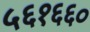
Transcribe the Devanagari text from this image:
५६१६६०